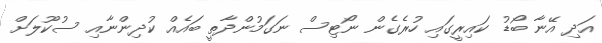
އަދި އޭނާ ބޯޑު ކައިރީގައި ހުރެގެން ނޯޓިސް ނަގަމުންދާތީ ބައެއް ކުދިންނާއި ސުކޫލަށް